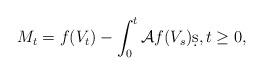
LaTeX: \begin{align*}M_t = f(V_t) - \int_0^t \mathcal{A}f(V_s) \d s, t \geq 0, \end{align*}